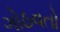
ગોઠવતો